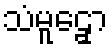
သံမူဠှော